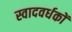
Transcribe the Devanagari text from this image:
स्वादवर्धकों